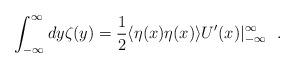
LaTeX: \begin{align*}\int_{-\infty}^{\infty}dy\zeta(y) =\frac{1}{2}\langle\eta(x)\eta(x)\rangle U^\prime(x) |_{-\infty}^\infty \ \ .\end{align*}